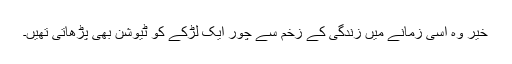
خیر وہ اسی زمانے میں زندگی کے زخم سے چور ایک لڑکے کو ٹیوشن بھی پڑھاتی تھیں۔